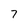
Character: 7